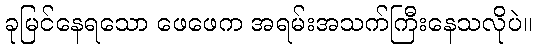
ခုမြင်နေရသော ဖေဖေက အရမ်းအသက်ကြီးနေသလိုပဲ။